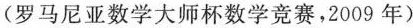
(罗马尼亚数学大师杯数学竞赛，2009年)